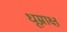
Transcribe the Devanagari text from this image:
धूम्राक्ष